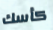
كأسك